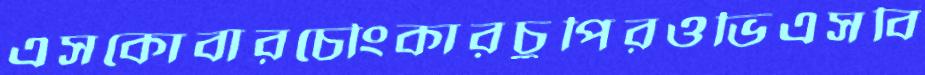
এসকোবারচৌংকারচুপিরওভিএসবি